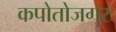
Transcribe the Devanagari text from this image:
कपोतोजगरः